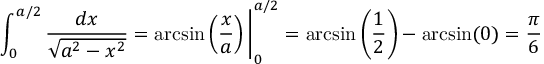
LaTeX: \int _ { 0 } ^ { a / 2 } { \frac { d x } { \sqrt { a ^ { 2 } - x ^ { 2 } } } } = \arcsin \left( { \frac { x } { a } } \right) { \Biggl | } _ { 0 } ^ { a / 2 } = \arcsin \left( { \frac { 1 } { 2 } } \right) - \arcsin ( 0 ) = { \frac { \pi } { 6 } }